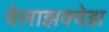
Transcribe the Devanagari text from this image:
वेलाझक्वेझ